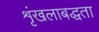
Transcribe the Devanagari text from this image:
शृंखलाबद्धता